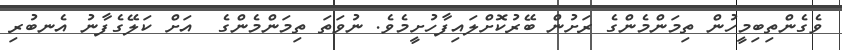
ވެގެންތިބިމީހުން ތިމަންމެންގެ ރަށުން ބޭރުކޮށްލައިފާހުށީމެވެ. ނުވަތަ ތިމަންމެންގެ  އަށް ކަލޭގެފާނު އެނބުރި